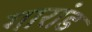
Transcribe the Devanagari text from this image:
गारांड